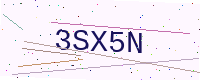
Text: 3SX5N